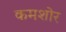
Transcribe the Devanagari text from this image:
कमशोर